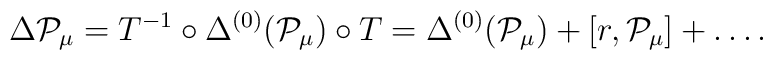
\Delta {\cal P}_{\mu} = T^{-1} \circ \Delta^{(0)} ({\cal P}_\mu)\circ T = \Delta^{(0)} ({\cal P}_\mu) + [ r, {\cal P}_\mu] +\ldots .